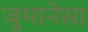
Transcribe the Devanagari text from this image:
जुमानेसा